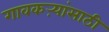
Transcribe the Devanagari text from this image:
गावकऱ्यांसाठी